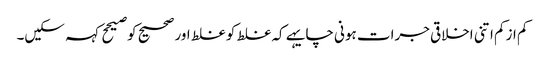
کم ازکم اتنی اخلاقی جرات ہونی چایہے کہ غلط کو غلط اور صحیح کو صیحح کہہ سکیں۔